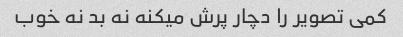
کمی تصویر را دچار پرش میکنه نه بد نه خوب